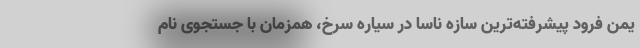
یُمن فرود پیشرفته‌ترین سازه ناسا در سیاره سرخ، همزمان با جستجوی نام